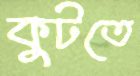
কুটতে